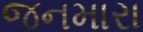
જનમારા